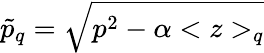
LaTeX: \tilde{p}_{q}=\sqrt{p^{2}-\alpha<z>_{q}}